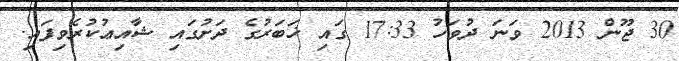
30 ޖޫން 2013 ވަނަ ދުވަހު 17:33 ގައި ޚަބަރުގެ ދަށުގައި ޝާއިޢުކުރެވިފައި.